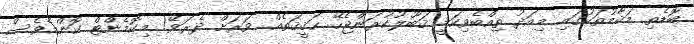
ބޮޑެތި މަޤާމުތަކުގައި މިއަދު ތިއްބެވިކަމީ ޤަބޫލުކުރަންޖެހޭ ޙަޤީޤަތެއް. ވަރަށް ދެރަވޭ! މިކޮމެންޓް ކޮންމެވެސް